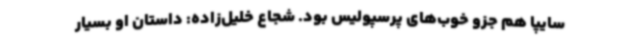
سایپا هم جزو خوب‌های پرسپولیس بود. شجاع خلیل‌زاده: داستان او بسیار